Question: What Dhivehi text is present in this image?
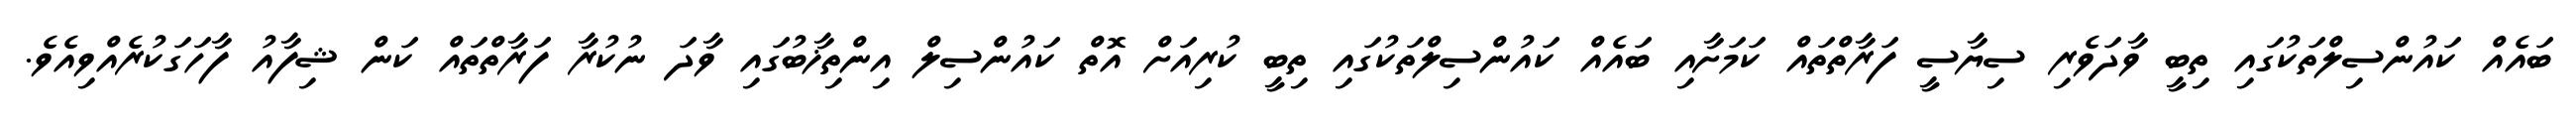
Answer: ބައެއް ކައުންސިލްތަކުގައި ތިބީ ވާދަވެރި ސިޔާސީ ފަރާތްތައް ކަމަށާއި ބައެއް ކައުންސިލްތަކުގައި ތިބީ ކުރިއަށް އޮތް ކައުންސިލް އިންތިޚާބުގައި ވާދަ ނުކުރާ ފަރާތްތައް ކަން ޝިފާއު ފާހަގަކުރެއްވިއެވެ.